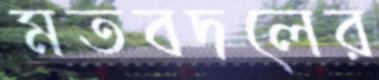
মতবদলের